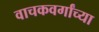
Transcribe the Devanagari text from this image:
वाचकवर्गांच्या